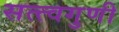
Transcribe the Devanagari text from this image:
सत्त्वगुणी